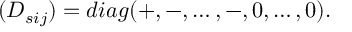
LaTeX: ( D _ { s i j } ) = d i a g ( + , - , \dots , - , 0 , \dots , 0 ) .